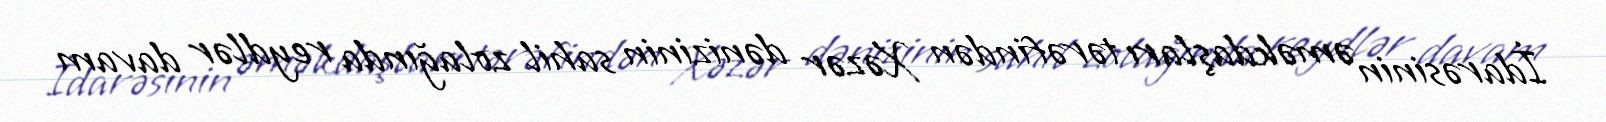
İdarəsinin əməkdaşları tərəfindən Xəzər dənizinin sahil zolağında reydlər davam